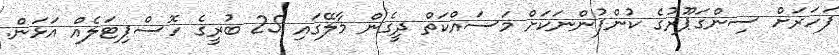
ފަހަރަށް ސިންގަޕޫރުގެ ކުންފުންނަކަށް މަސައްކަތް ދީގެން މާލޭގައި 25 ބުރީގެ ހޮސްޕިޓަލެއް އަޅަން.